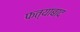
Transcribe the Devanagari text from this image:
फत्याबाद